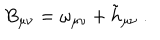
LaTeX: B _ { \mu \nu } = \omega _ { \mu \nu } + \tilde { h } _ { \mu \nu } \ .